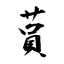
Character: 蒷